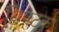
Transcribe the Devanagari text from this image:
थियेटक